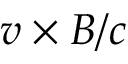
v \times B / c